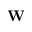
\mathbf { W }